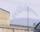
કામગીરીરસીકરણશાળા